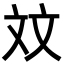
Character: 𪯢